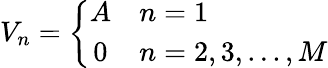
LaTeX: V_{n}=\left\{ \begin{array}{cl}{A}&{n=1}\\ {0}&{n=2,3,...,M}\end{array}\right.